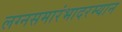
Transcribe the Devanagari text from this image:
लग्नसमारंभादरम्यान